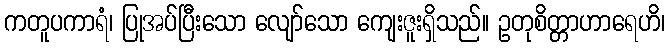
ကတူပကာရံ၊ ပြုအပ်ပြီးသော လျော်သော ကျေးဇူးရှိသည်။ ဥတုစိတ္တာဟာရေဟိ၊